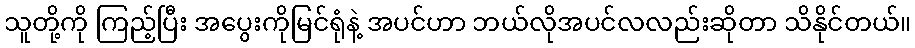
သူတို့ကို ကြည့်ပြီး အပွေးကိုမြင်ရုံနဲ့ အပင်ဟာ ဘယ်လိုအပင်လလည်းဆိုတာ သိနိုင်တယ်။